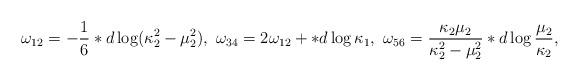
LaTeX: \begin{align*}\omega_{12}=-\frac{1}{6}*d\log(\kappa_2^2-\mu_2^2),\,\,\omega_{34}=2\omega_{12}+*d\log\kappa_1, \,\, \omega_{56}=\frac{\kappa_2\mu_2}{\kappa_2^2-\mu_2^2}*d\log\frac{\mu_2}{\kappa_2}, \end{align*}